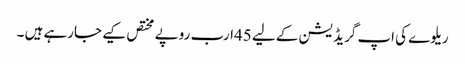
ریلوے کی اپ گریڈ یشن کے لیے 45ارب روپے مختص کیے جارہے ہیں ۔